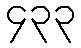
၄၃၃